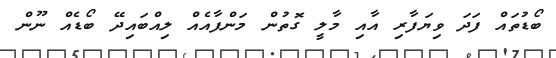
ބޯޑުތައް ފަދަ ވިޔަފާރި އާއި މާލީ ގޮތުން މަންފާއެއް ލިއްބައިދޭ ބޯޑެއް ނޫން